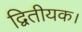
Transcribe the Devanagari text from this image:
द्वितीयक।